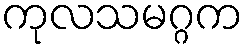
ကုလသမဂ္ဂက